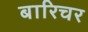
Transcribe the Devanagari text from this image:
बारिचर